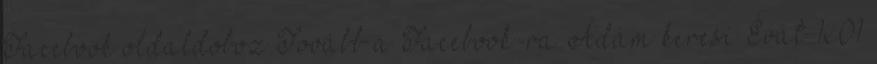
Facebook oldaldoboz Tovább a Facebook-ra Ádám keresi Évát 1x01